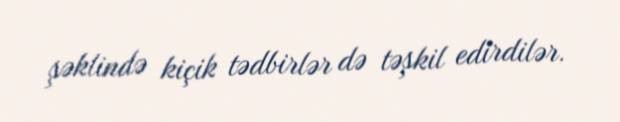
şəklində kiçik tədbirlər də təşkil edirdilər.